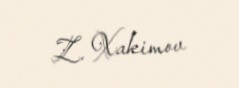
Z. Xakimov